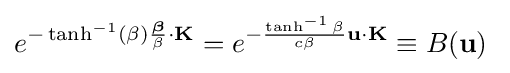
e^{-\tanh ^{-1}(\beta ){\frac {\boldsymbol {\beta }}{\beta }}\cdot \mathbf {K} }=e^{-{\tanh ^{-1}\beta  \over c\beta }\mathbf {u} \cdot \mathbf {K} }\equiv B(\mathbf {u} )~